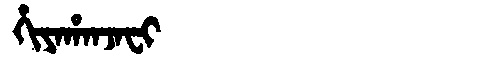
Manchu: ᡥᡳᠶᠠᡥᠠᠨᠵᠠᠸᡳ
Romanization: HIYAHANJAFI